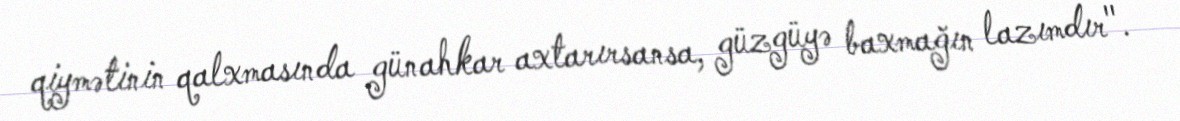
qiymətinin qalxmasında günahkar axtarırsansa, güzgüyə baxmağın lazımdır".